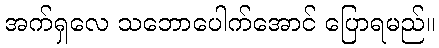
အက်ရှလေ သဘောပေါက်အောင် ပြောရမည်။